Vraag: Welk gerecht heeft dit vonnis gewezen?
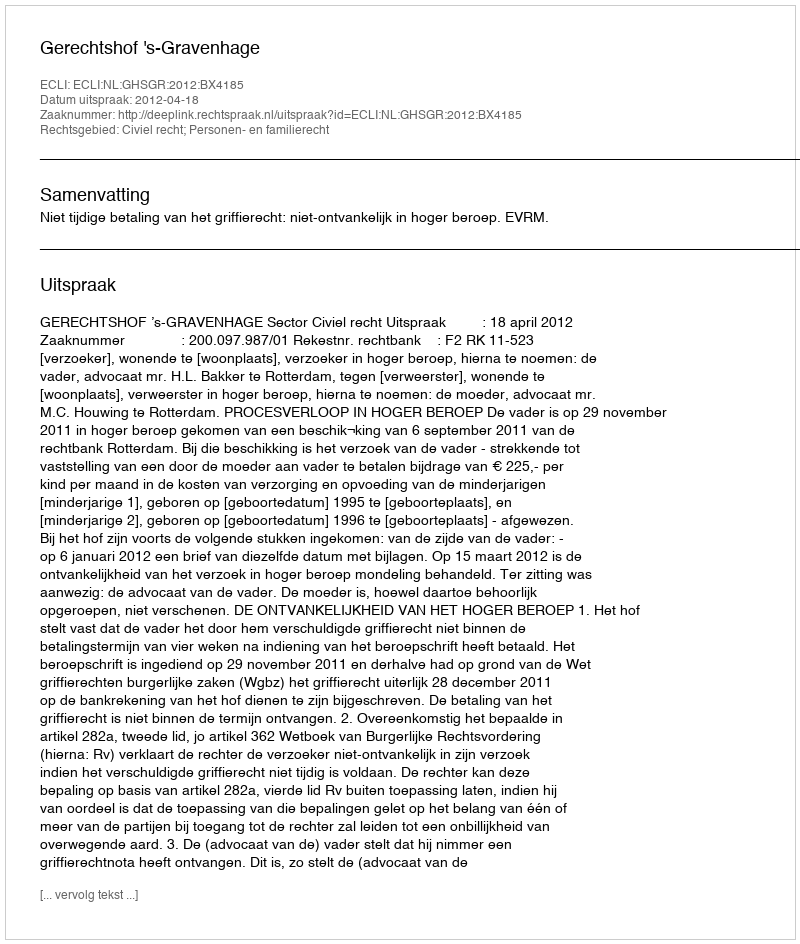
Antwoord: Gerechtshof 's-Gravenhage